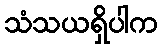
သံသယရှိပါက